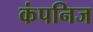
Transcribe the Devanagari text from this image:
कंपनिज